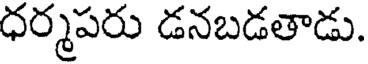
ధర్మపరు డనబడతాడు.